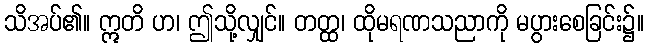
သိအပ်၏။ ဣတိ ဟ၊ ဤသို့လျှင်။ တတ္ထ၊ ထိုမရဏသညာကို မပွားစေခြင်း၌။